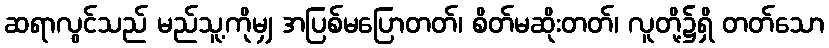
ဆရာလွင်သည် မည်သူ့ကိုမျှ အပြစ်မပြောတတ်၊ စိတ်မဆိုးတတ်၊ လူတို့၌ရှိ တတ်သော